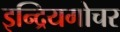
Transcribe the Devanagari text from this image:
इन्द्रियगोचर